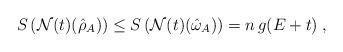
LaTeX: \begin{align*}S\left(\mathcal{N}(t)(\hat{\rho}_A)\right) \le S\left(\mathcal{N}(t)(\hat{\omega}_A)\right) = n\,g(E+t)\;,\end{align*}